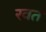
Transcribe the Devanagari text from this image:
रवत